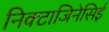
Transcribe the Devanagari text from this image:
निक्टाजिनेसिई